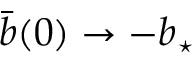
\bar { b } ( 0 ) \to - \ensuremath { b _ { \star } }